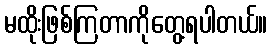
မထိုးဖြစ်ကြတာကိုတွေ့ရပါတယ်။